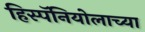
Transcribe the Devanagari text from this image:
हिस्पॅनियोलाच्या